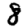
Digit: 8